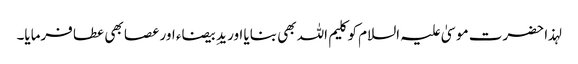
لہذا حضرت موسیٰ علیہ السلام کو کلیم اللہ بھی بنایا اور یدِ بیضاء اور عصا بھی عطا فرمایا۔